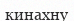
кинахну